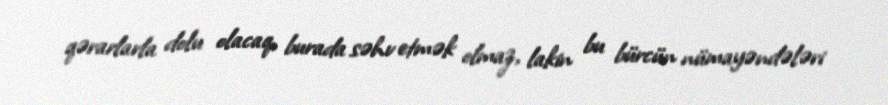
qərarlarla dolu olacaq, burada səhv etmək olmaz, lakin bu bürcün nümayəndələri